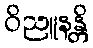
ဝိညူနန္တိ